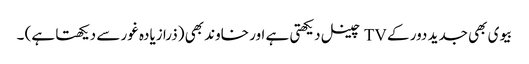
بیوی بھی جدید دور کے TV چینل دیکھتی ہے اور خاوند بھی (ذرا زیادہ غور سے دیکھتا ہے) ۔